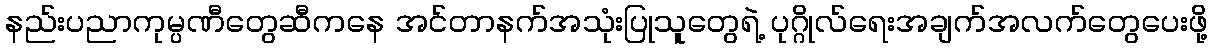
နည်းပညာကုမ္ပဏီတွေဆီကနေ အင်တာနက်အသုံးပြုသူတွေရဲ့ ပုဂ္ဂိုလ်ရေးအချက်အလက်တွေပေးဖို့